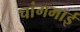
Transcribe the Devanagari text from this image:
चांगमाई